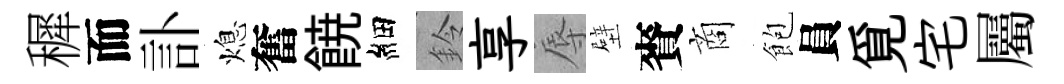
穉而訃熄奮𩜙細鈴享辱壁賚商飽員覓宅屬